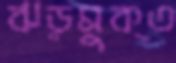
ঝড়মুক্ত